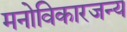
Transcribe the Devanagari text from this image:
मनोविकारजन्य